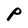
Character: P